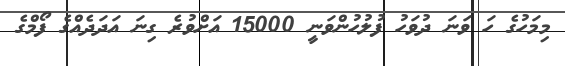
މިމަހުގެ ހަ ވަނަ ދުވަހު ފުލުހުންވަނީ 15000 އަށްވުރެ ގިނަ އަދަދެއްގެ ފޯމްގެ